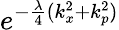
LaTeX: e^{-\frac{\lambda}{4}(k_{x}^{2}+k_{p}^{2})}